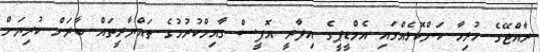
ރާއްޖޭގެ ހުރިހާ ކަންކޮޅެއްގައި އެމްޑީޕީގެ އިދާރީ އޮފީސް ގާއިމްކުރުމުގެ ތައްޔާރީތައް ބާރަށް ކުރިޔަށް